Vaccination in Bombay 1869-1873 - 1869-1873
Year: 1869
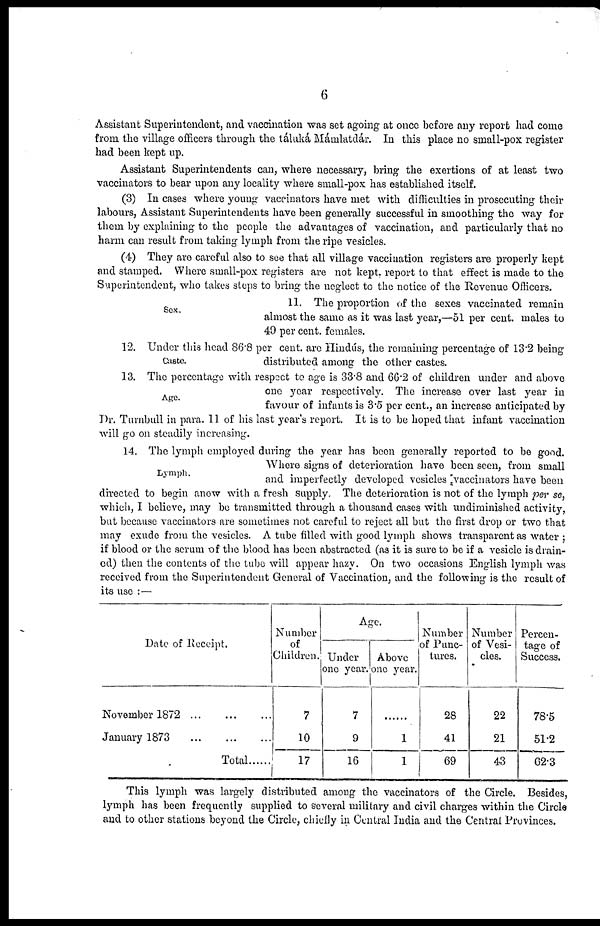
6
Assistant Superintendent, and vaccination was set agoing at once before any report had come
from the village officers through the táluká Mámlatdár. In this place no small-pox register
had been kept up.
Assistant Superintendents can, where necessary, bring the exertions of at least two
vaccinators to bear upon any locality where small-pox has established itself.
(3) In cases where young vaccinators have met with difficulties in prosecuting their
labours, Assistant Superintendents have been generally successful in smoothing the way for
them by explaining to the people the advantages of vaccination, and particularly that no
harm can result from taking lymph from the ripe vesicles.
(4) They are careful also to see that all village vaccination registers are properly kept
and stamped. Where small-pox registers are not kept, report to that effect is made to the
Superintendent, who takes steps to bring the neglect to the notice of the Revenue Officers.
11. The proportion of the sexes vaccinated remain
almost the same as it was last year,—51 per cent. males to
49 per cent. females.
Sex.
11. The proportion of the sexes vaccinated remain
almost the same as it was last year,—51 per cent. males to
49 per cent. females.
Caste.
12. Under this head 86.8 per cent. are Hindús, the remaining percentage of 13.2 being
distributed among the other castes.
Age.
13. The percentage with respect to age is 33.8 and 66.2 of children under and above
one year respectively. The increase over last year in
favour of infants is 3.5 per cent., an increase anticipated by
Dr. Turnbull in para. 11 of his last year's report. It is to be hoped that infant vaccination
will go on steadily increasing.
Lymph.
14. The lymph employed during the year has been generally reported to be good.
Where signs of deterioration have been seen, from small
and imperfectly developed vesicles vaccinators have been
directed to begin anow with a fresh supply. The deterioration is not of the lymph per se,
which, I believe, may be transmitted through a thousand cases with undiminished activity,
but because vaccinators are sometimes not careful to reject all but the first drop or two that
may exude from the vesicles. A tube filled with good lymph shows transparent as water ;
if blood or the serum of the blood has been abstracted (as it is sure to be if a vesicle is drain-
ed) then the contents of the tube will appear hazy. On two occasions English lymph was
received from the Superintendent General of Vaccination, and the following is the result of
its use :—
Date of Receipt.
November
1872...
...
...
January 1873
...
...
...
Total ......
Number
of
Children.
7
10
17
Age.
Under
one year.
7
9
16
Above
one year.
......
1
1
Number
of Punc-
tures.
28
41
69
Number
of Vesi-
cles.
22
21
43
Percen-
tage of
Success.
78.5
51.2
62.3
This lymph was largely distributed among the vaccinators of the Circle. Besides,
lymph has been frequently supplied to several military and civil charges within the Circle
and to other stations beyond the Circle, chiefly in Central India and the Central Provinces.